Lunatic asylums Madras 1892-1911 - 1892-1911
Year: 1892
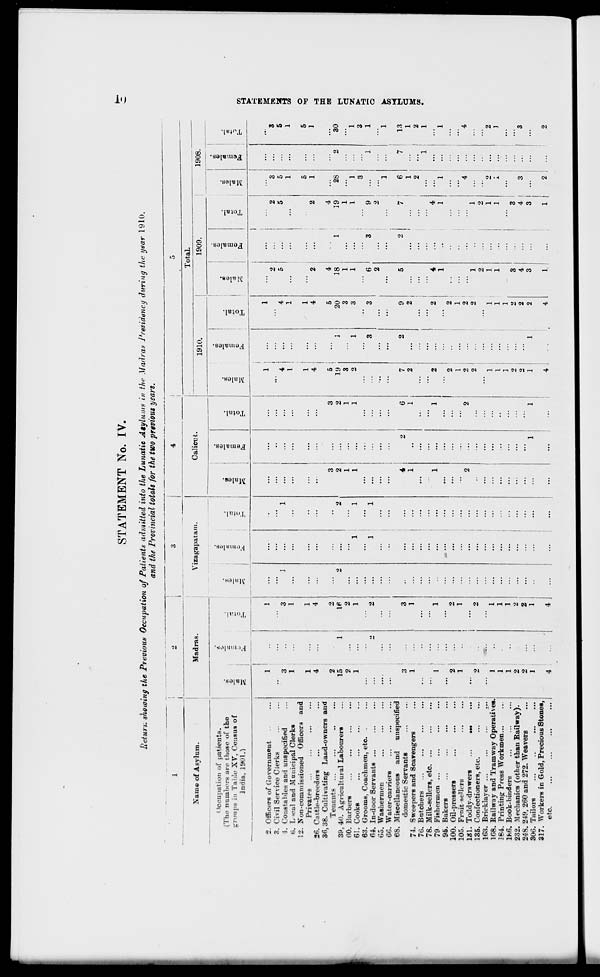
STATEMENT No. IV.
Return showing the Previous Occupation of Patients admitted into the Lunatic Atylums in the Madia* Presidency during the year 1910.
and the Provincial totals for the two previous years.
Name of Asylum.
Occupation of patients.
(The numbers are those of the
groups in Table XV. Census of
India, 1901.)
a)
3
1
1
4
2
15
2
1
Madras.
3
1
I
V
2. Officers of Government
3. Civil Service Clerks
1. Constables ami unspecified
<5. L teal and Municipal Clerks
12. Non-commissioned Officers and
Privates
26. Cattle-breeders
36,38. Cultivating Land-owners and
Tenants ...
39,40. AgricuKui-al Labourers
BO. Barbers
61. Cooks
63. Grooms, Coachmen, etc. .
64. In-door Servants ...
65. Washermen
60. Water-carriers
68. Miscellaneous and
unspecified
domestic Servants
74. Sweepers and Scavengers
76. Batchers
78. Milk-sellers, etc
79 Fishermen ...
96. Bakers
100. Oil-pressers
105. Frnit-seUers
131. Toddy-drawers
...
...
...
135. Confectioners, etc.
163. Bricklayer ...
...
...
...
168. Railway and Tramway Operatives.
284. Printing Press Workmen...
186. Book-binders
232. Mechanics (other than Bailway).
248. 249, 260 and 272. Weavers
306. Tailors
317. Workers in Gold, Precious Stones,
etc.
...
...
...
... j
2
•
1
1
1
2
2
1
4
IP
2
1
2
1
1
1
2
2
1
Vizagapatam.
Calicut.
1910.
o
2
o
1
1
4
1
1
4
5
19
3
q
2
1
2
2
1
1
1
2
2
1
Total.
2
1
2 • ■
2
1
1
1
•>
2
2
to
8
nil
"eS
00
o
d
s
o
tf
r*
fe
H
rs
4
5
1
...
1
4
2
5
4
20
18
3
1
3
1
3
6
2
1909.
1908.
a;
"3
S
©
o
3)
S
9
4
19
1
1
9
2
4 i
3 j
1
3
5
1
...
5
1
...
28
o
1
3
1
1
6
7 !
1
4
1
o
1
2
1
3
...
■3
3
5
1
5
1
30
1
3
1
13
1
2
1
2
1
0G
9
IS
o
H
K
>
(-3
fe